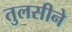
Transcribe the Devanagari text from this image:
तुलसीने